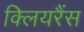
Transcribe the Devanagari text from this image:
क्लियरैंस